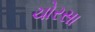
ચોરસા